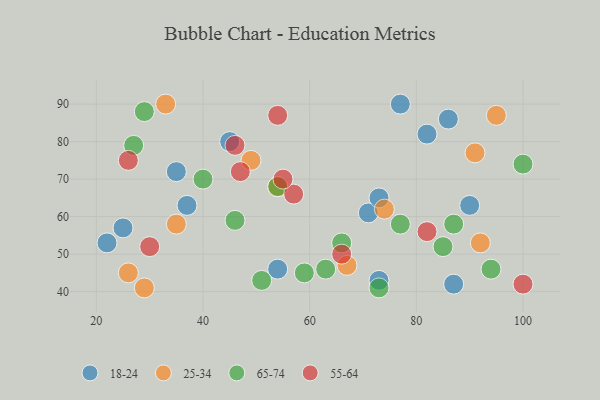
{"axis": {"x": "GDP", "y": "Life Expectancy"}, "legend": ["18-24", "25-34", "55-64", "65-74"], "data": [{"x": "45", "y": 80, "type": "18-24"}, {"x": "71", "y": 61, "type": "18-24"}, {"x": "82", "y": 82, "type": "18-24"}, {"x": "77", "y": 90, "type": "18-24"}, {"x": "73", "y": 43, "type": "18-24"}, {"x": "25", "y": 57, "type": "18-24"}, {"x": "35", "y": 72, "type": "18-24"}, {"x": "86", "y": 86, "type": "18-24"}, {"x": "37", "y": 63, "type": "18-24"}, {"x": "73", "y": 65, "type": "18-24"}, {"x": "54", "y": 46, "type": "18-24"}, {"x": "22", "y": 53, "type": "18-24"}, {"x": "87", "y": 42, "type": "18-24"}, {"x": "90", "y": 63, "type": "18-24"}, {"x": "92", "y": 53, "type": "25-34"}, {"x": "26", "y": 45, "type": "25-34"}, {"x": "74", "y": 62, "type": "25-34"}, {"x": "95", "y": 87, "type": "25-34"}, {"x": "67", "y": 47, "type": "25-34"}, {"x": "54", "y": 68, "type": "25-34"}, {"x": "35", "y": 58, "type": "25-34"}, {"x": "49", "y": 75, "type": "25-34"}, {"x": "91", "y": 77, "type": "25-34"}, {"x": "29", "y": 41, "type": "25-34"}, {"x": "33", "y": 90, "type": "25-34"}, {"x": "40", "y": 70, "type": "65-74"}, {"x": "94", "y": 46, "type": "65-74"}, {"x": "46", "y": 59, "type": "65-74"}, {"x": "85", "y": 52, "type": "65-74"}, {"x": "66", "y": 53, "type": "65-74"}, {"x": "59", "y": 45, "type": "65-74"}, {"x": "54", "y": 68, "type": "65-74"}, {"x": "100", "y": 74, "type": "65-74"}, {"x": "87", "y": 58, "type": "65-74"}, {"x": "77", "y": 58, "type": "65-74"}, {"x": "29", "y": 88, "type": "65-74"}, {"x": "73", "y": 41, "type": "65-74"}, {"x": "51", "y": 43, "type": "65-74"}, {"x": "63", "y": 46, "type": "65-74"}, {"x": "27", "y": 79, "type": "65-74"}, {"x": "46", "y": 79, "type": "55-64"}, {"x": "57", "y": 66, "type": "55-64"}, {"x": "66", "y": 50, "type": "55-64"}, {"x": "30", "y": 52, "type": "55-64"}, {"x": "26", "y": 75, "type": "55-64"}, {"x": "54", "y": 87, "type": "55-64"}, {"x": "82", "y": 56, "type": "55-64"}, {"x": "47", "y": 72, "type": "55-64"}, {"x": "100", "y": 42, "type": "55-64"}, {"x": "55", "y": 70, "type": "55-64"}]}